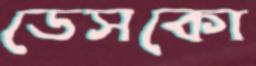
ডেসকো